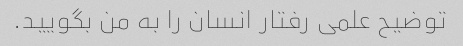
توضیح علمی رفتار انسان را به من بگویید.